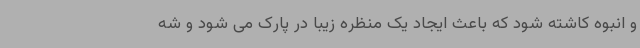
و انبوه کاشته شود که باعث ایجاد یک منظره زیبا در پارک می شود و شه